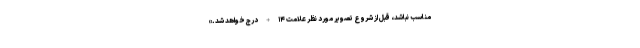
مناسب نباشد، قبل از شروع تصویر مورد نظر علامت ۱۴ + درج خواهد شد.»